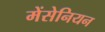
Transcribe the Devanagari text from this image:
मेंसेनियन